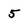
Character: 5